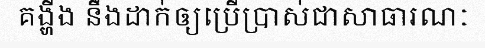
គង្ហីង នឹងដាក់ឲ្យប្រើប្រាស់ជាសាធារណៈ